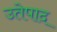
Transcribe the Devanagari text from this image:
उतेपाद